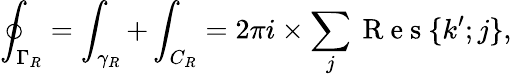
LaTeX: \oint_{\Gamma_{R}}=\int_{\gamma_{R}}+\int_{C_{R}}=2\pi i\times\sum_{j}\mathrm{~R~e~s~}\{ k^{\prime};j\} ,